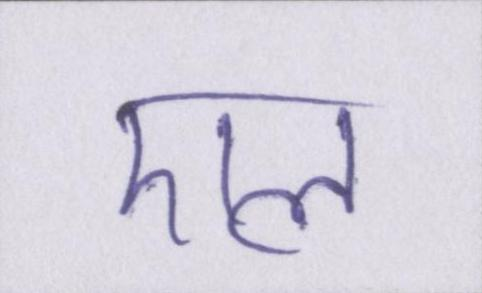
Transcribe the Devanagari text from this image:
एल